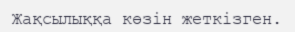
Жақсылыққа көзін жеткізген.